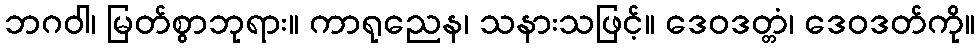
ဘဂဝါ၊ မြတ်စွာဘုရား။ ကာရုညေန၊ သနားသဖြင့်။ ဒေဝဒတ္တံ၊ ဒေဝဒတ်ကို။